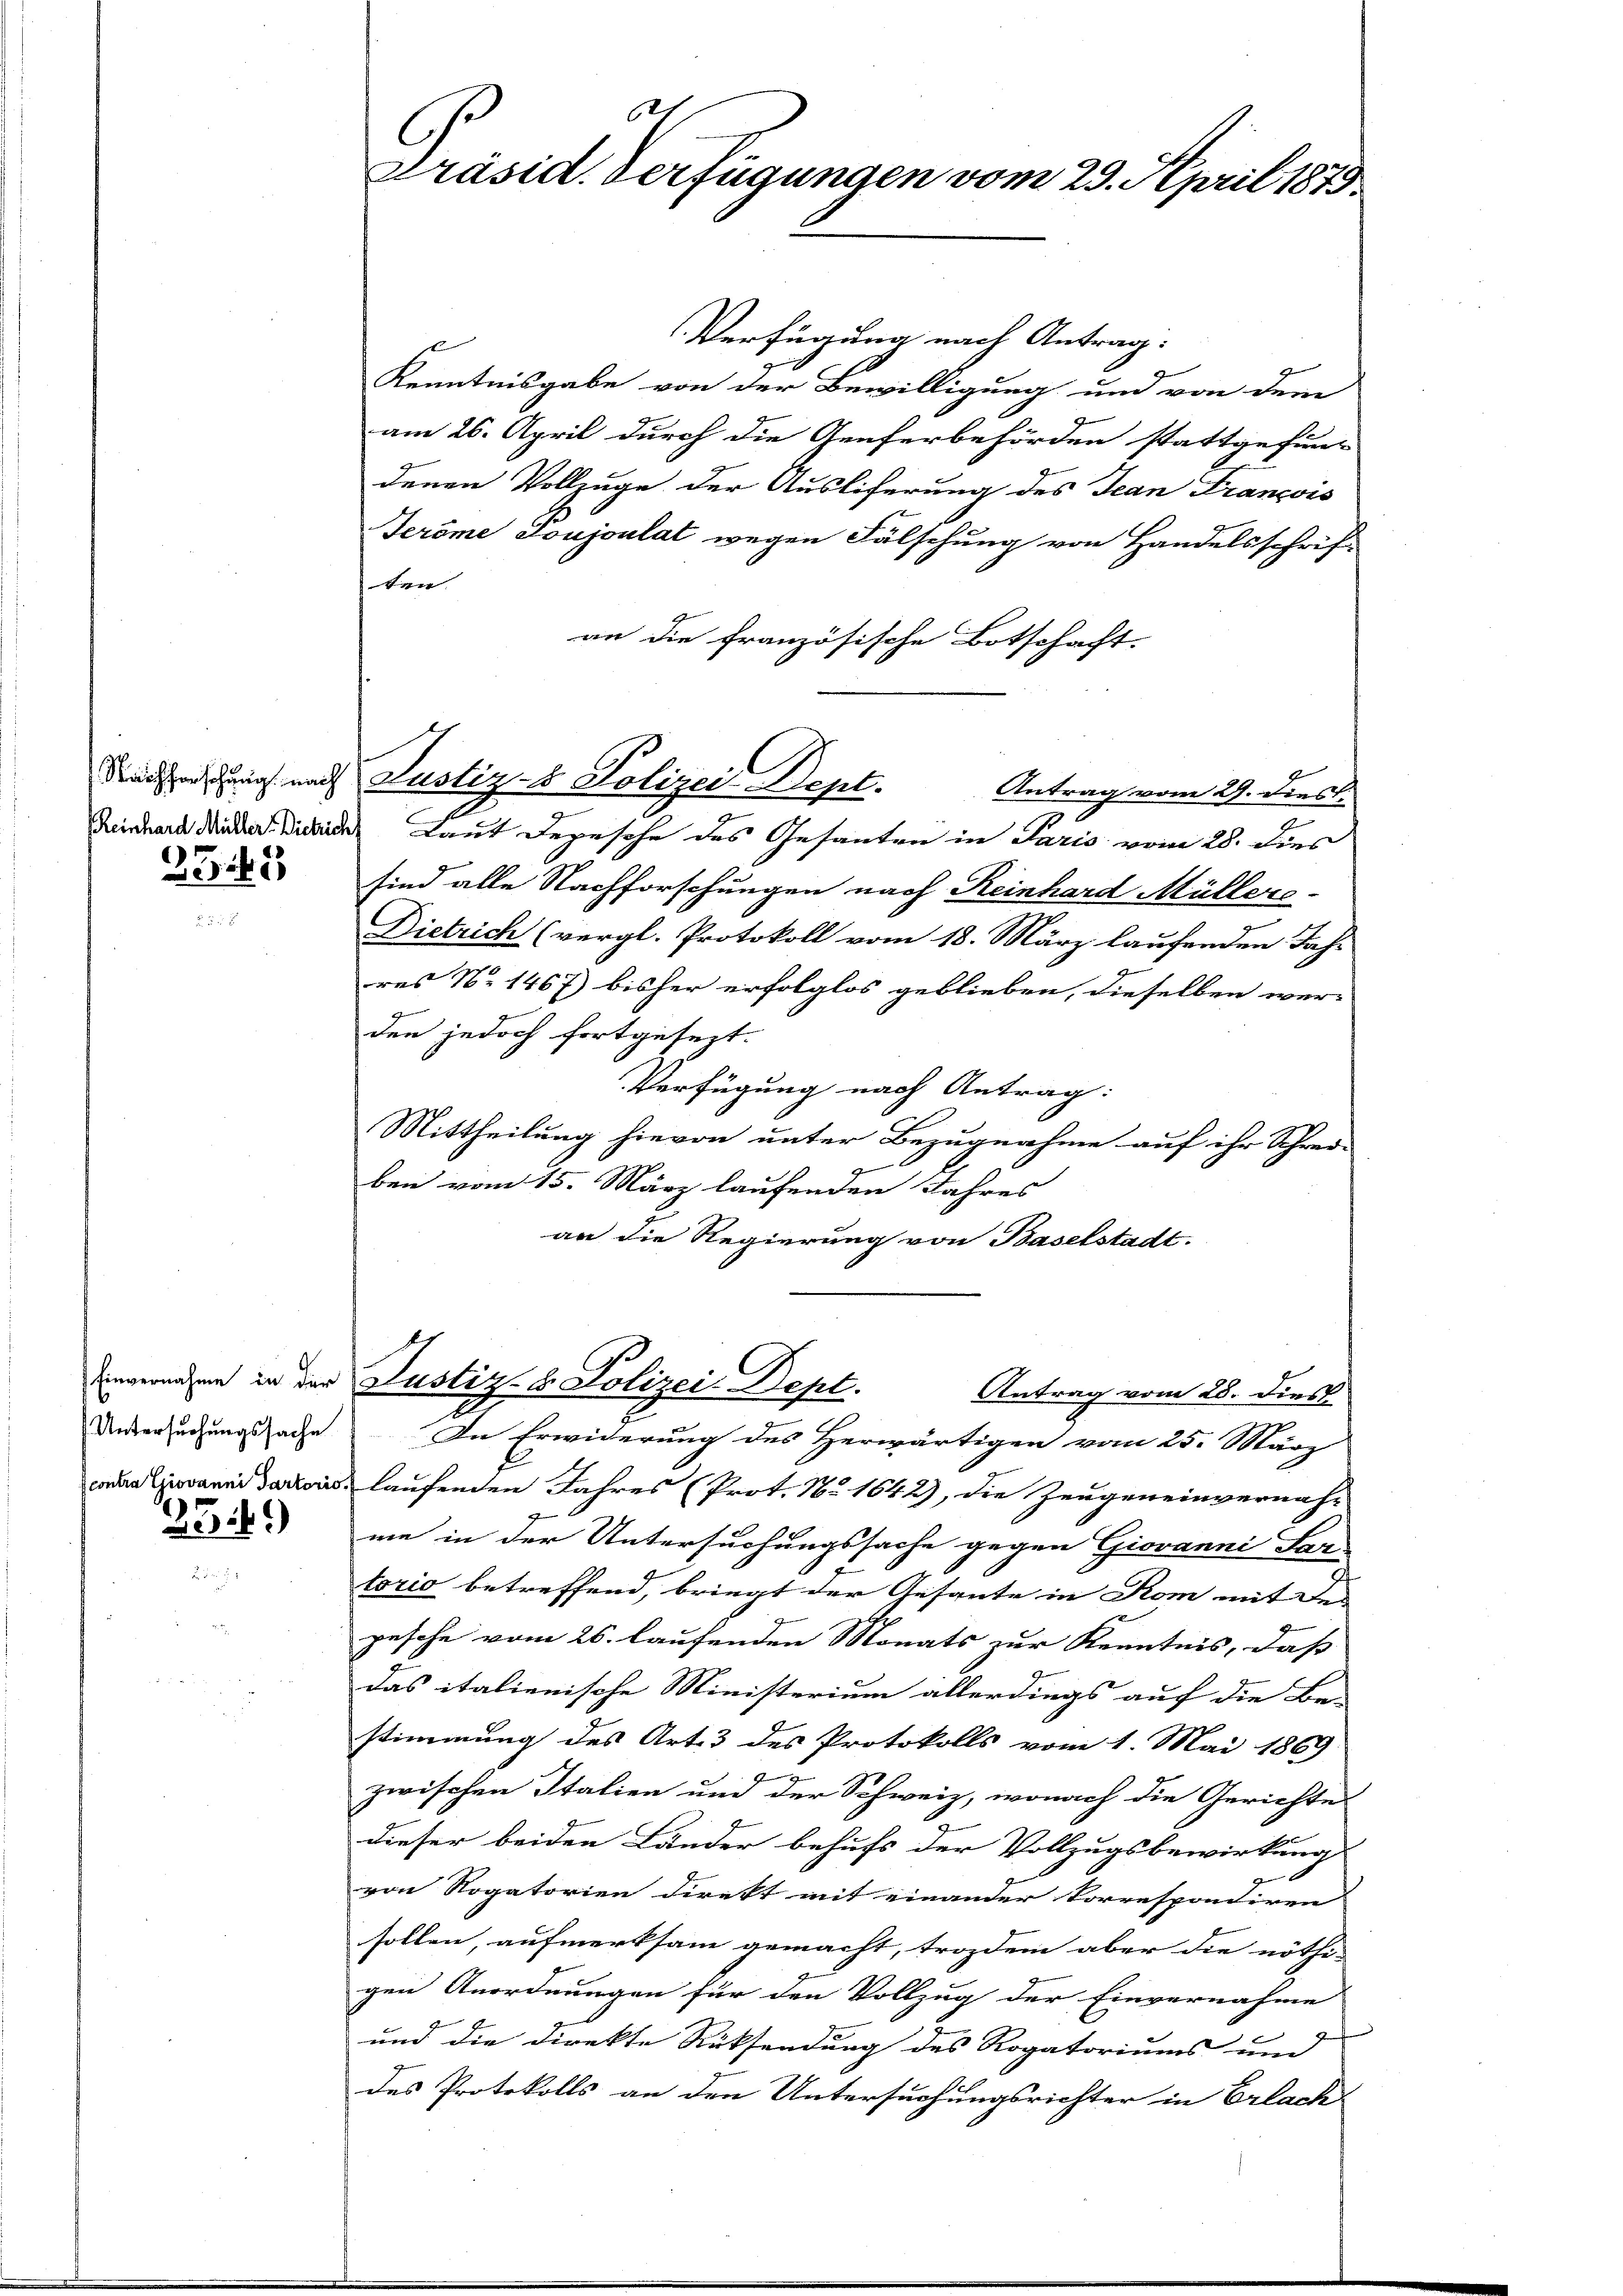
255

23:1)

Verfügung nach Antrag.
Kenntnisgabe von der Bewilligung und von dem
am 26. April durch die Genferbehörden stattgefun-
denen Vollzuge der Ausliferung des Jean François
Feröme toujoulat wegen Fälschung von Handelsschrift
ten.
an die französische Botschaft.
Antrag vom 29. dies
Reinhard Wider Die Laut Depesche des Gesanten in Paris vom 28. dies
sind alle Nachforschungen nach Reinhard Müllers-
Dietrich (vergl. Protokoll vom 18. März laufenden Jahr
res No 1467) bisher erfolglos geblieben, dieselben wer-
g
den jedoch fortgesezt.
Verfügung nach Antrag:
Mittheilung hievon unter Bezugnahme auf ihr Schrei-
ben vom 15. März laufenden Jahres
an die Regierung von Baselstadt.
Einvernahme in der Justiz- & Polizei-Dept.
Antrag vom 28. Dies
Untersuchungssache. In Erwiderung des Herwärtigen vom 25. März
conda Giovanni darzocis, laufenden Jahres (Prot. No 1642), die Zeugeneinvernah-
me in der Untersuchungssache gegen Giovanni Lan
torio betreffend, bringt der Gesante in Rom mit des
pesche vom 26. laufenden Monats zur Kenntnis, daß
das italienische Ministerium allerdings auf die Be-
stimmung des Art. 3 des Protokolls vom 1. Mai 1869
zwischen Italien und der Schweiz, wonach die Gerichte
dieser beiden Länder behufs der Vollzugsbewirkung
von Rogatorien Direkt mit einander korrespondiren
sollen, aufmerksam gemacht, trozdem aber die nöthi-
gen Anordnungen für den Vollzug der Einvernahme
und die Direkte Rücksendung des Rogatoriums und
des Protokolls an den Untersuchungsrichter in Erlach

h
C
Präsid. Verfügungen vom 29. April 1879.

Kaisendung nach Justiz- & Polizei-Dept.